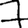
Digit: 7